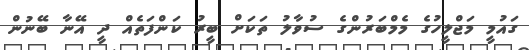
ގައުމީ މަޖްލީހުގެ މެމްބަރުންގެ ސުވާލު ތަކަށް ބީރު ކަންފަތެއް ދީ އޭނާ ބޭނުން